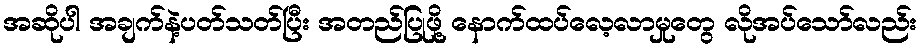
အဆိုပါ အချက်နဲ့ပတ်သတ်ပြီး အတည်ပြုဖို့ နောက်ထပ်လေ့လာမှုတွေ လိုအပ်သော်လည်း